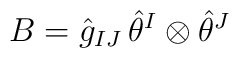
B = \hat{g}_{IJ}\, \hat{\theta}^I \otimes \hat{\theta}^J